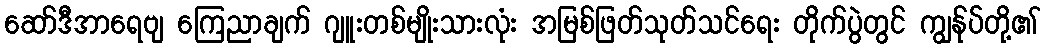
ဆော်ဒီအာရေဗျ ကြေညာချက် ဂျူးတစ်မျိုးသားလုံး အမြစ်ဖြတ်သုတ်သင်ရေး တိုက်ပွဲတွင် ကျွန်ုပ်တို့၏